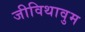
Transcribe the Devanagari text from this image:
जीविथावुम